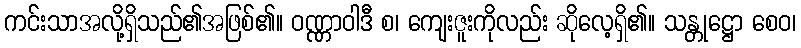
ကင်းသာအလို့ရှိသည်၏အဖြစ်၏။ ဝဏ္ဏာဝါဒီ စ၊ ကျေးဇူးကိုလည်း ဆိုလေ့ရှိ၏။ သန္တုဋ္ဌော စေဝ၊